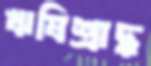
ঋষিশ্রাদ্ধ